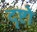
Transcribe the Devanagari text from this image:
दृष्टो